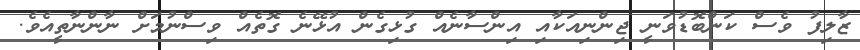
ޒާލިފު ވެސް ކަންބޮޑުވަނީ ޖިންނިއަކާއި އިންސާނެއް ގުޅިގެން އުޅޭނެ ގޮތެއް ވިސްނުމަށް ނާންނާތީއެވެ.